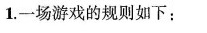
1.一场游戏的规则如下：